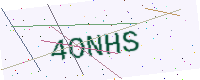
Text: 4ONHS